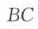
\(BC\)